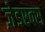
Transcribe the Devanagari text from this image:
ज़ेडएक्स